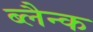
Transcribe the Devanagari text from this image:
ब्लैन्क